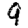
Digit: 9